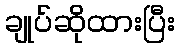
ချုပ်ဆိုထားပြီး